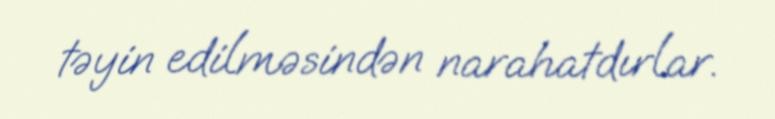
təyin edilməsindən narahatdırlar.